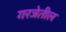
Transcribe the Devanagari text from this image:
गरजेतील